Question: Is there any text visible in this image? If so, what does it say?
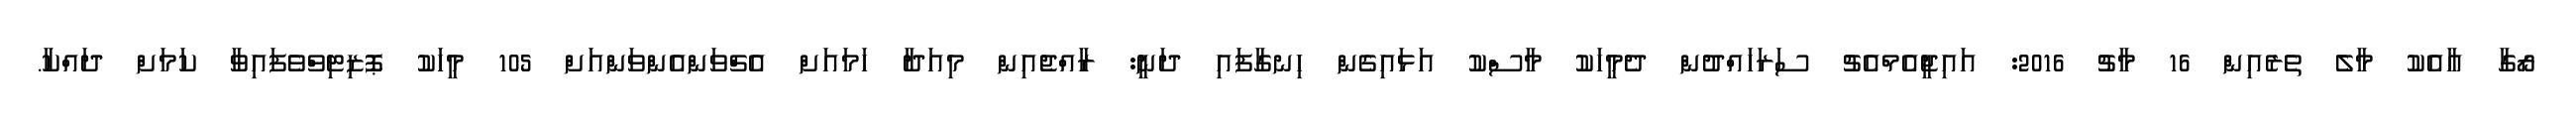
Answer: ރޯގާ އާއެކު މާލެ ތެރެއިން 16 މާޗު 2016: އައިޖީއެމްއެޗު ސަރަހައްދުން ދެމީހަކު މާސްކު އަޅައިގެން ހިނގާފައި ދަނީ: ރާއްޖެއިން މިއަދާ ހަމައަށް އެޗްވަންއެންވަންއަށް 105 މީހަކު ޕޮޒިޓިވްވެފައިވާ ކަމަށް ދައްކާ.